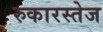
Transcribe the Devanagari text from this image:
रुकारस्तेज